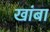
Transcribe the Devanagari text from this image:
खांबा